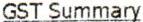
GST SUMMARY